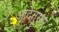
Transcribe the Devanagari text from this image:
आदेनुसार